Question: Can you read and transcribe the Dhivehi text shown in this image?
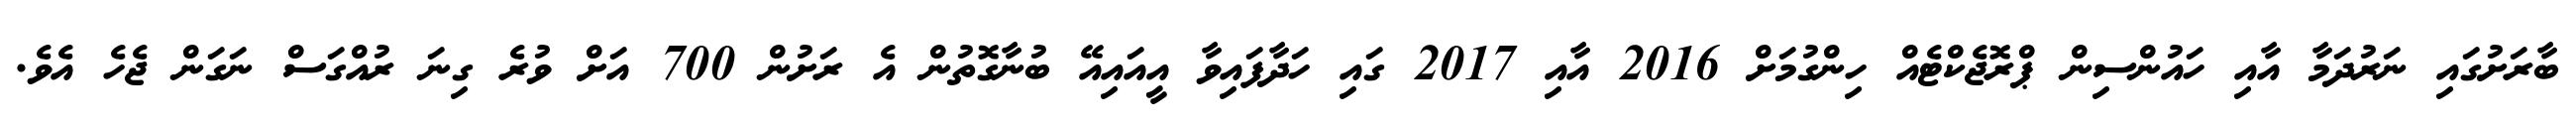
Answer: ބާރަށުގައި ނަރުދަމާ އާއި ހައުންސިން ޕްރޮޖެކްޓެއް ހިންގުމަށް 2016 އާއި 2017 ގައި ހަދާފައިވާ އީއައިއޭ ބުނާގޮތުން އެ ރަށުން 700 އަށް ވުރެ ގިނަ ރުއްގަސް ނަގަން ޖެހެ އެވެ.